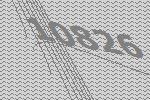
10826